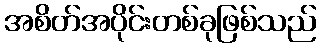
အစိတ်အပိုင်းတစ်ခုဖြစ်သည်